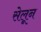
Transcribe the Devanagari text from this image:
सेलून